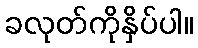
ခလုတ်ကိုနှိပ်ပါ။